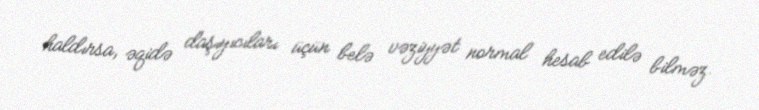
haldırsa, əqidə daşıyıcıları üçün belə vəziyyət normal hesab edilə bilməz.